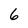
Character: 6